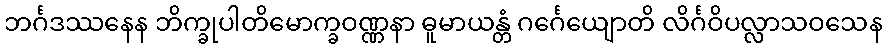
ဘင်္ဂဒဿနေန ဘိက္ခုပါတိမောက္ခဝဏ္ဏနာ ဓူမာယန္တံ ဂင်္ဂေယျောတိ လိင်္ဂဝိပလ္လာသဝသေန